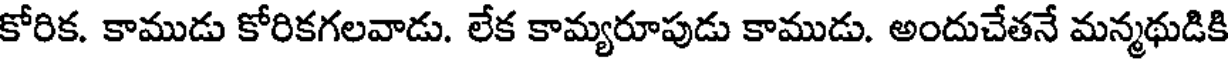
కోరిక. కాముడు కోరికగలవాడు. లేక కామ్యరూపుడు కాముడు. అందుచేతనే మన్మథుడికి